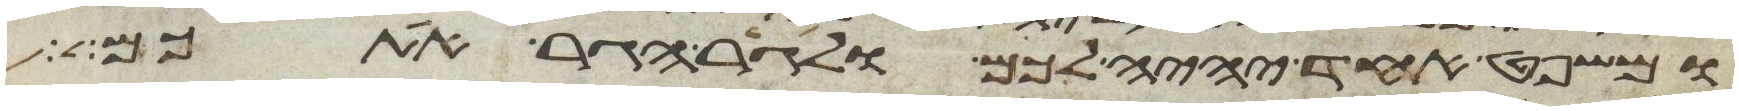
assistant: ומשפט אחד יהיה לכם ולגר הגר אתכם